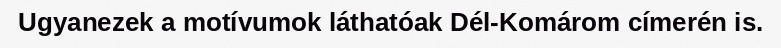
Ugyanezek a motívumok láthatóak Dél-Komárom címerén is.